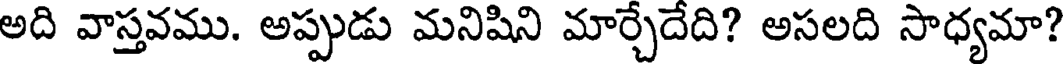
అది వాస్తవము. అప్పుడు మనిషిని మార్చేదేది? అసలది సాధ్యమా?